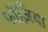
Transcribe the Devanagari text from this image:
फौज़िया